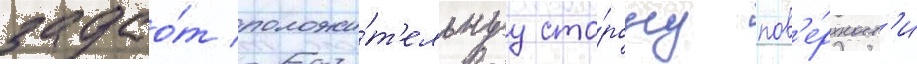
задао́т положи́т'ельнуу сто́рону пов'е́рхност'и